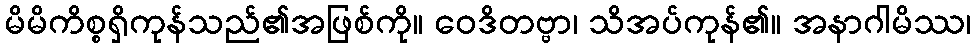
မိမိကိစ္စရှိကုန်သည်၏အဖြစ်ကို။ ဝေဒိတဗ္ဗာ၊ သိအပ်ကုန်၏။ အနာဂါမိဿ၊